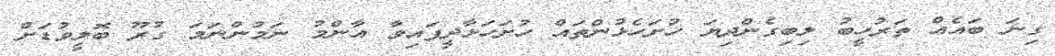
ގިނަ ބައެއް ތަރުހީބު ލިބިގެންދިޔަ ހުށަހެޅުންތައް ހުށަހަޅާދީފައިވާ އާންމު ނަމުންނަމަ ގުރޫ ބޮލީވުޑަށް